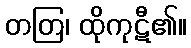
တတြ၊ ထိုကုဋီ၏။